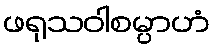
ဖရုသဝါစမ္ပာဟံ